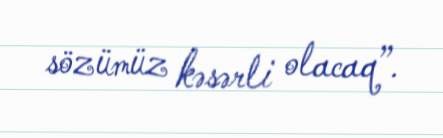
sözümüz kəsərli olacaq”.